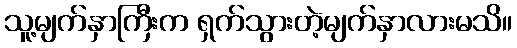
သူ့မျက်နှာကြီးက ရှက်သွားတဲ့မျက်နှာလားမသိ။